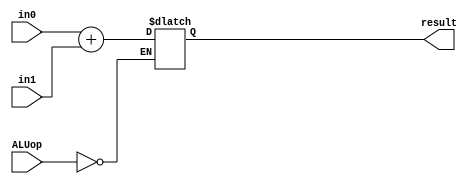
`timescale 1ns / 1ps
//////////////////////////////////////////////////////////////////////////////////
// Company: 
// Engineer: 
// 
// Design Name: 
// Module Name: ALU
// Project Name: 
// Target Devices: 
// Tool Versions: 
// Description: 
// 
// Dependencies: 
// 
// Revision:
// Revision 0.01 - File Created
// Additional Comments:
// 
//////////////////////////////////////////////////////////////////////////////////


module ALU
 #(parameter WIDTH=32)
   (
    input [WIDTH-1:0] in0,
    input [WIDTH-1:0] in1,
    input [2:0] ALUop,
    //output zero,
    output [WIDTH-1:0] result
    );
  
  reg [31:0] res;
  always@(*) begin
    if(ALUop==3'b000) begin
      res=in0+in1;
    end
  end
  
//  assign zero=(in0==in1)?  1:0 ;
  assign result=res;

endmodule